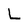
Character: L